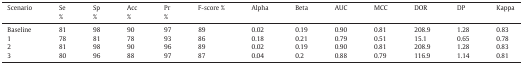
<table><thead><tr><td><b>Scenario</b></td><td><b>Se%</b></td><td><b>Sp%</b></td><td><b>Acc%</b></td><td><b>Pr%</b></td><td><b>F-score %</b></td><td><b>Alpha</b></td><td><b>Beta</b></td><td><b>AUC</b></td><td><b>MCC</b></td><td><b>DOR</b></td><td><b>DP</b></td><td><b>Kappa</b></td></tr></thead><tbody><tr><td>Baseline</td><td>81</td><td>98</td><td>90</td><td>97</td><td>89</td><td>0.02</td><td>0.19</td><td>0.90</td><td>0.81</td><td>208.9</td><td>1.28</td><td>0.83</td></tr><tr><td>1</td><td>78</td><td>81</td><td>78</td><td>93</td><td>86</td><td>0.18</td><td>0.21</td><td>0.79</td><td>0.51</td><td>15.1</td><td>0.65</td><td>0.78</td></tr><tr><td>2</td><td>81</td><td>98</td><td>90</td><td>96</td><td>89</td><td>0.02</td><td>0.19</td><td>0.90</td><td>0.81</td><td>208.9</td><td>1.28</td><td>0.83</td></tr><tr><td>3</td><td>80</td><td>96</td><td>88</td><td>97</td><td>87</td><td>0.04</td><td>0.2</td><td>0.88</td><td>0.79</td><td>116.9</td><td>1.14</td><td>0.81</td></tr></tbody></table>